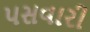
પસવારી